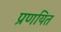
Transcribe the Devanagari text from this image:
प्रणयित